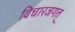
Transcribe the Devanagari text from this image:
विचारजगत्